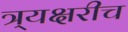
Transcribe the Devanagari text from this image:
त्र्यक्षरीच